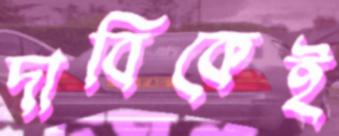
দাবিকেই